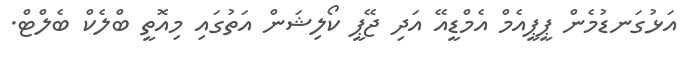
އަޅުގަނޑުމެން ޕީޕީއެމް އެމްޑީއޭ އަދި ޖޭޕީ ކޯލިޝަން އަތުގައި މިއޮތީ ބްލެކް ބެލްޓް.